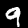
Digit: 9